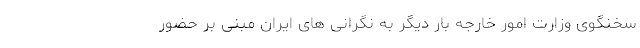
سخنگوی وزارت امور خارجه بار دیگر به نگرانی های ایران مبنی بر حضور